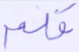
قلم